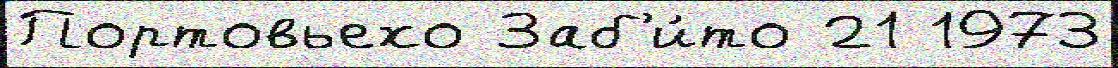
Портовьехо Заб'и́то 21 1973